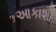
આકાશો